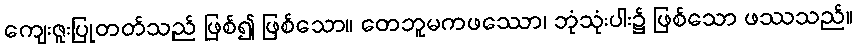
ကျေးဇူးပြုတတ်သည် ဖြစ်၍ ဖြစ်သော။ တေဘူမကဖဿော၊ ဘုံသုံးပါး၌ ဖြစ်သော ဖဿသည်။